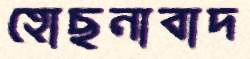
হোছনাবাদ